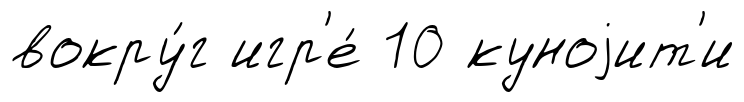
вокру́г игр'е́ 10 куноjит'и